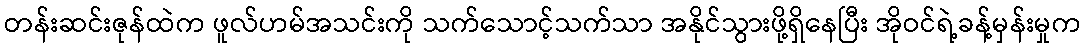
တန်းဆင်းဇုန်ထဲက ဖူလ်ဟမ်အသင်းကို သက်သောင့်သက်သာ အနိုင်သွားဖို့ရှိနေပြီး အိုဝင်ရဲ့ခန့်မှန်းမှုက